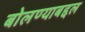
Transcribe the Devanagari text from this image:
बोलण्याबद्दल